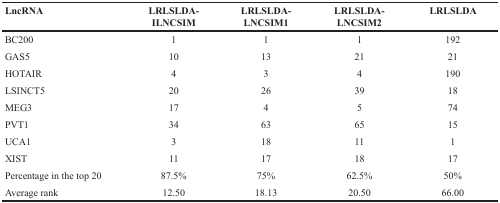
<table><thead><tr><td><b>LncRNA</b></td><td><b>LRLSLDA-ILNCSIM</b></td><td><b>LRLSLDA-LNCSIM1</b></td><td><b>LRLSLDA-LNCSIM2</b></td><td><b>LRLSLDA</b></td></tr></thead><tbody><tr><td>BC200</td><td>1</td><td>1</td><td>1</td><td>192</td></tr><tr><td>GAS5</td><td>10</td><td>13</td><td>21</td><td>21</td></tr><tr><td>HOTAIR</td><td>4</td><td>3</td><td>4</td><td>190</td></tr><tr><td>LSINCT5</td><td>20</td><td>26</td><td>39</td><td>18</td></tr><tr><td>MEG3</td><td>17</td><td>4</td><td>5</td><td>74</td></tr><tr><td>PVT1</td><td>34</td><td>63</td><td>65</td><td>15</td></tr><tr><td>UCA1</td><td>3</td><td>18</td><td>11</td><td>1</td></tr><tr><td>XIST</td><td>11</td><td>17</td><td>18</td><td>17</td></tr><tr><td>Percentage in the top 20</td><td>87.5%</td><td>75%</td><td>62.5%</td><td>50%</td></tr><tr><td>Average rank</td><td>12.50</td><td>18.13</td><td>20.50</td><td>66.00</td></tr></tbody></table>